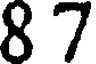
8 7